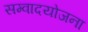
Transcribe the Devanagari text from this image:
सम्वादयोजना